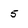
Character: 5